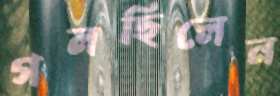
গলছিলেন